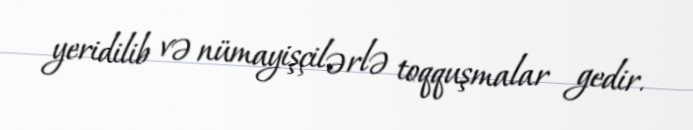
yeridilib və nümayişçilərlə toqquşmalar gedir.